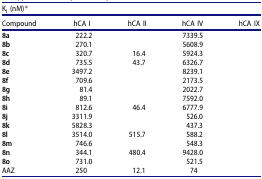
<table><thead><tr><td colspan="5"><b>K<sub>I</sub> (nM)*</b></td></tr><tr><td><b>Compound</b></td><td><b>hCA I</b></td><td><b>hCA II</b></td><td><b>hCA IV</b></td><td><b>hCA IX</b></td></tr></thead><tbody><tr><td><b>8a</b></td><td>222.2</td><td>[EMPTY_CELL]</td><td>7339.5</td><td>[EMPTY_CELL]</td></tr><tr><td><b>8b</b></td><td>270.1</td><td>[EMPTY_CELL]</td><td>5608.9</td><td>[EMPTY_CELL]</td></tr><tr><td><b>8c</b></td><td>320.7</td><td>16.4</td><td>5924.3</td><td>[EMPTY_CELL]</td></tr><tr><td><b>8d</b></td><td>735.5</td><td>43.7</td><td>6326.7</td><td>[EMPTY_CELL]</td></tr><tr><td><b>8e</b></td><td>3497.2</td><td>[EMPTY_CELL]</td><td>8239.1</td><td>[EMPTY_CELL]</td></tr><tr><td><b>8f</b></td><td>709.6</td><td>[EMPTY_CELL]</td><td>2173.5</td><td>[EMPTY_CELL]</td></tr><tr><td><b>8g</b></td><td>81.4</td><td>[EMPTY_CELL]</td><td>2022.7</td><td>[EMPTY_CELL]</td></tr><tr><td><b>8h</b></td><td>89.1</td><td>[EMPTY_CELL]</td><td>7592.0</td><td>[EMPTY_CELL]</td></tr><tr><td><b>8i</b></td><td>812.6</td><td>46.4</td><td>6777.9</td><td>[EMPTY_CELL]</td></tr><tr><td><b>8j</b></td><td>3311.9</td><td>[EMPTY_CELL]</td><td>526.0</td><td>[EMPTY_CELL]</td></tr><tr><td><b>8k</b></td><td>5828.3</td><td>[EMPTY_CELL]</td><td>437.3</td><td>[EMPTY_CELL]</td></tr><tr><td><b>8l</b></td><td>3514.0</td><td>515.7</td><td>588.2</td><td>[EMPTY_CELL]</td></tr><tr><td><b>8m</b></td><td>746.6</td><td>[EMPTY_CELL]</td><td>548.3</td><td>[EMPTY_CELL]</td></tr><tr><td><b>8n</b></td><td>344.1</td><td>480.4</td><td>9428.0</td><td>[EMPTY_CELL]</td></tr><tr><td><b>8o</b></td><td>731.0</td><td>[EMPTY_CELL]</td><td>521.5</td><td>[EMPTY_CELL]</td></tr><tr><td>AAZ</td><td>250</td><td>12.1</td><td>74</td><td>[EMPTY_CELL]</td></tr></tbody></table>